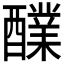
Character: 𮡅